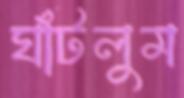
ঘাঁটলুম